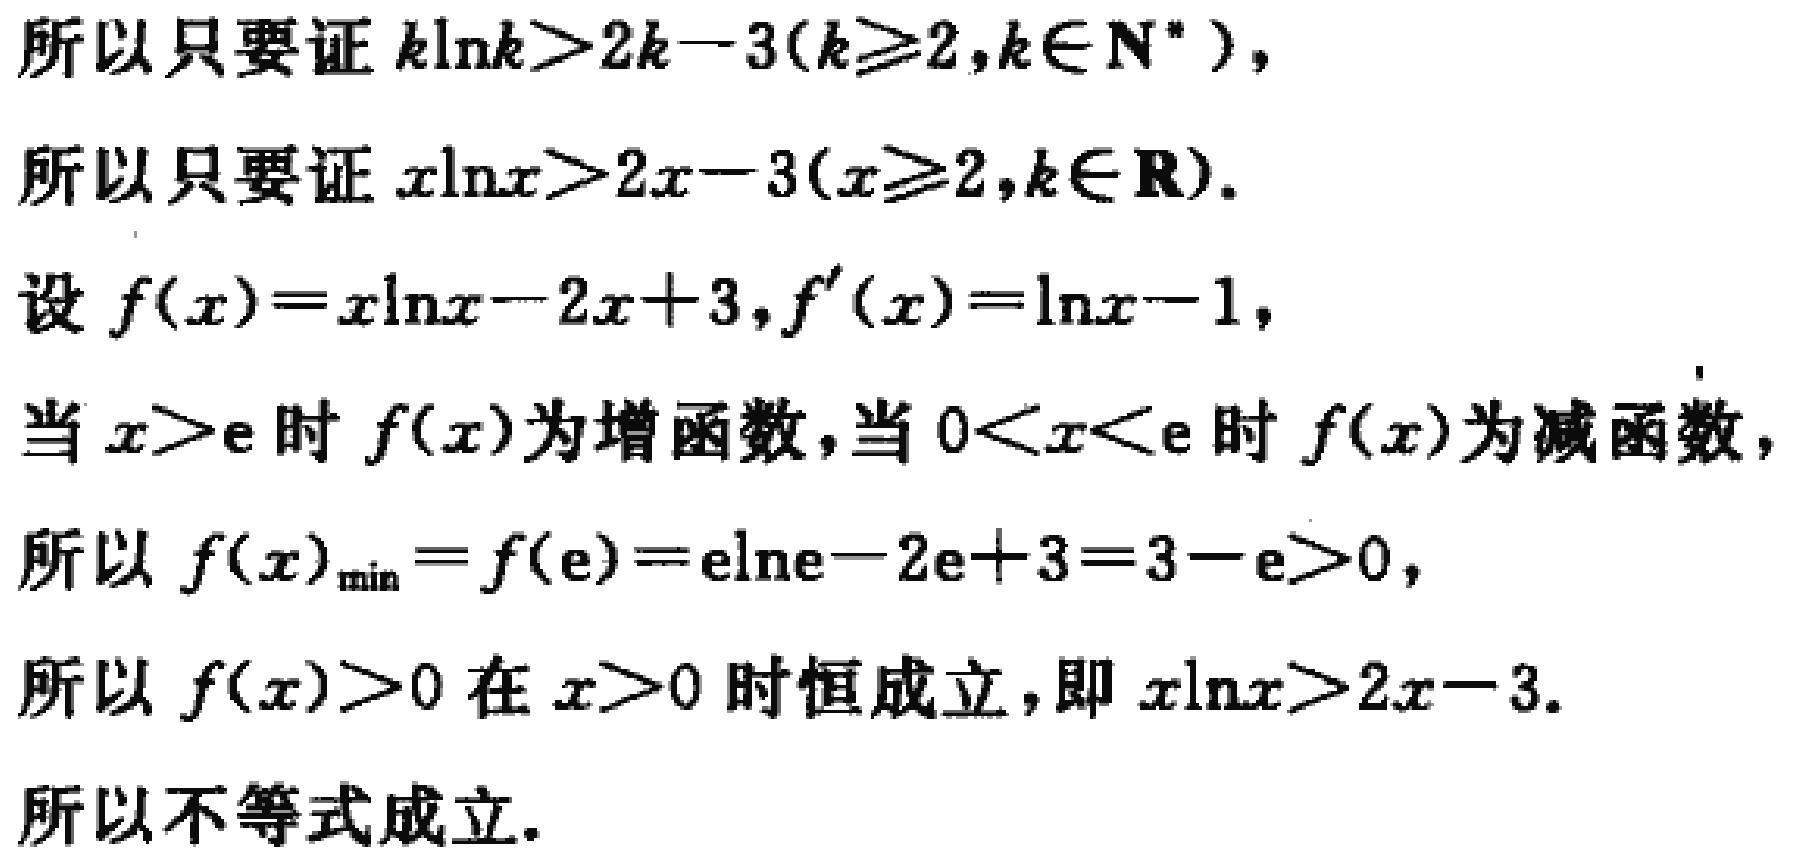
所以只要证 \(k\ln k > 2k - 3(k\geq2,k\in\mathbf{N}^*)\)，
所以只要证 \(x\ln x > 2x - 3(x\geq2,k\in\mathbf{R})\)。
设 \(f(x)=x\ln x - 2x + 3,f^{\prime}(x)=\ln x - 1\)，
当 \(x > \mathrm{e}\) 时 \(f(x)\) 为增函数，当 \(0 < x < \mathrm{e}\) 时 \(f(x)\) 为减函数，
所以 \(f(x)_{\min}=f(\mathrm{e})=\mathrm{e}\ln\mathrm{e}-2\mathrm{e}+3 = 3 - \mathrm{e}>0\)，
所以 \(f(x)>0\) 在 \(x > 0\) 时恒成立，即 \(x\ln x > 2x - 3\)。
所以不等式成立。